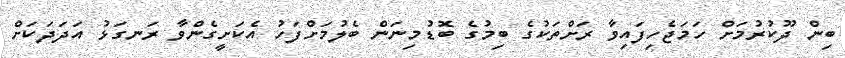
ބިން ދޫކުރުމަށް ހަމަޖެހިފައިވާ ރަށްތަކުގެ ބިމުގެ ބޮޑުމިނަން ބެލުމަށްފަހު އެކަށީގެންވާ ރަނގަޅު އަދަދަކަށް